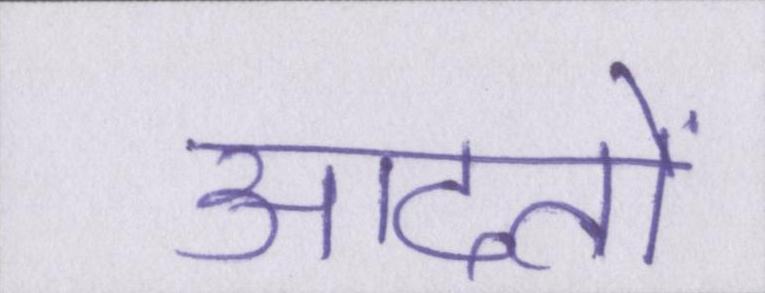
आदतों